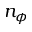
n _ { \phi }